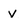
Character: v